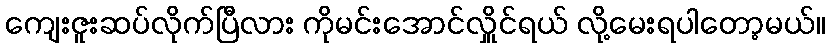
ကျေးဇူးဆပ်လိုက်ပြီလား ကိုမင်းအောင်လှိူင်ရယ် လို့မေးရပါတော့မယ်။